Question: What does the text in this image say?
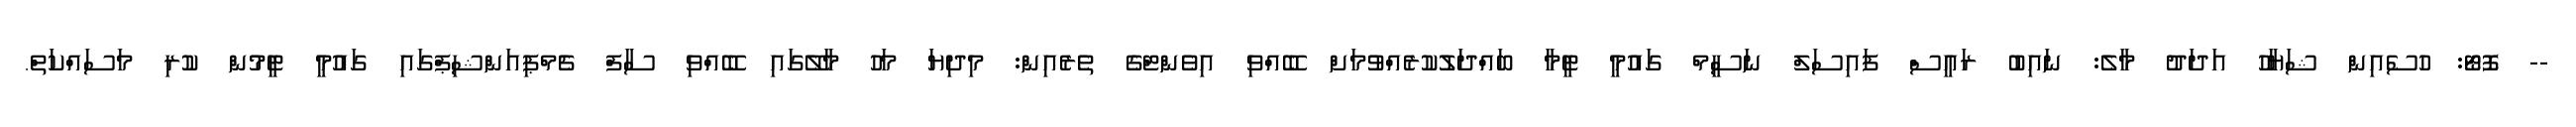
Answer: -- ފޮޓޯ: ހުސެއިން ޝަޔާހު އަދަދު މާލެ: ނައިބު ރައީސް ފައިސަލް ނަސީމް ގައުމީ ޓީމާ ބައްދަލުކުރެއްވުމަށް ބޭއްވި އިވެންޓްގެ ތެރެއިން: މިދިޔަ މަހު މާލޭގައި ބޭއްވި ސާފް ޗެމްޕިއަންޝިޕްގައި ގައުމީ ޓީމުން ކުރި މަސައްކަތް.